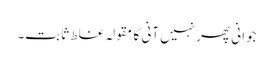
جوانی پھر نہیں آنی کا مقولہ غلط ثابت۔